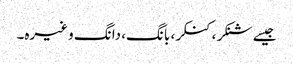
جیسے شنکر، کنکر، بانگ، دانگ وغیرہ۔